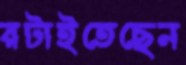
রটাইতেছেন